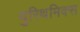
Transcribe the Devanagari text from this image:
युरिथमिक्स